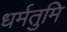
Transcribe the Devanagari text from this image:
धर्मतुमि